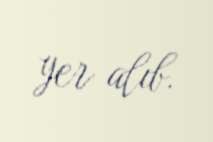
yer alıb.